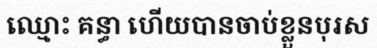
ឈ្មោះ គន្ធា ហើយបានចាប់ខ្លួនបុរស